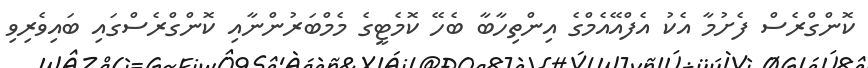
ކޮންގްރެސް ފެށުމާ އެކު އެފްއޭއެމްގެ އިންތިހާބާ ބެހޭ ކޮމެޓީގެ މެމްބަރުންނާއި ކޮންގްރެސްގައި ބައިވެރިވި